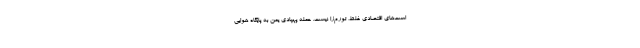
است‌های اقتصادی غلط، تورم‌زا نیست. حمله پهپادی یمن به پایگاه هوایی